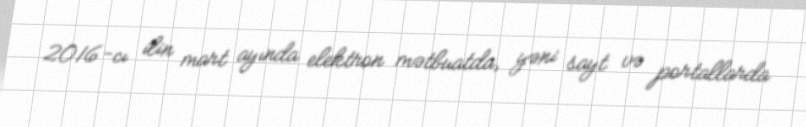
2016-cı ilin mart ayında elektron mətbuatda, yəni sayt və portallarda